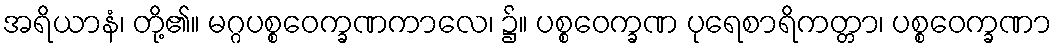
အရိယာနံ၊ တို့၏။ မဂ္ဂပစ္စဝေက္ခဏကာလေ၊ ၌။ ပစ္စဝေက္ခဏ ပုရေစာရိကတ္တာ၊ ပစ္စဝေက္ခဏာ